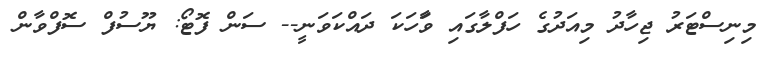
މިނިސްޓަރު ޖިހާދު މިއަދުގެ ހަފްލާގައި ވާަހަކަ ދައްކަވަނީ-- ސަން ފޮޓޯ: ޔޫސުފް ސޮފްވާން